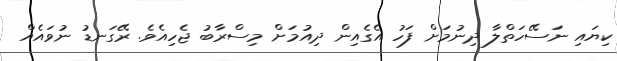
ކިޔައި ނަސޭހަތްލާ ދިނުމަށް ފަހު އެގެއިން ދިއުމަށް މިސްރާބު ޖެހިއެވެ. ރޭގަނޑު ނުވައެއް